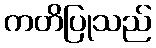
ကတိပြုသည်